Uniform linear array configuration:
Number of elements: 8
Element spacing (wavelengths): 0.5
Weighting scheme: binomial
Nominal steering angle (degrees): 30
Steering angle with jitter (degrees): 28.822
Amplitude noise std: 0.05
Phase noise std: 0.05

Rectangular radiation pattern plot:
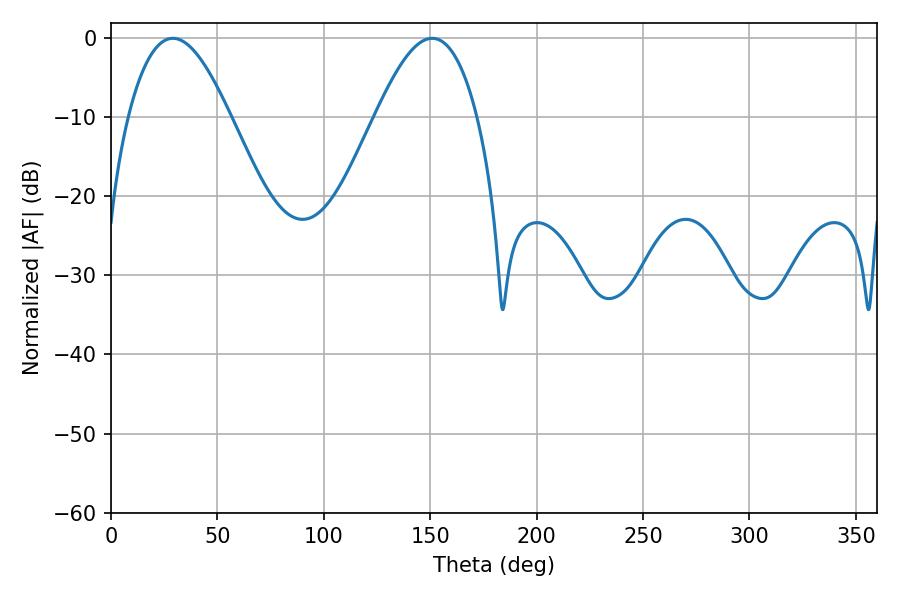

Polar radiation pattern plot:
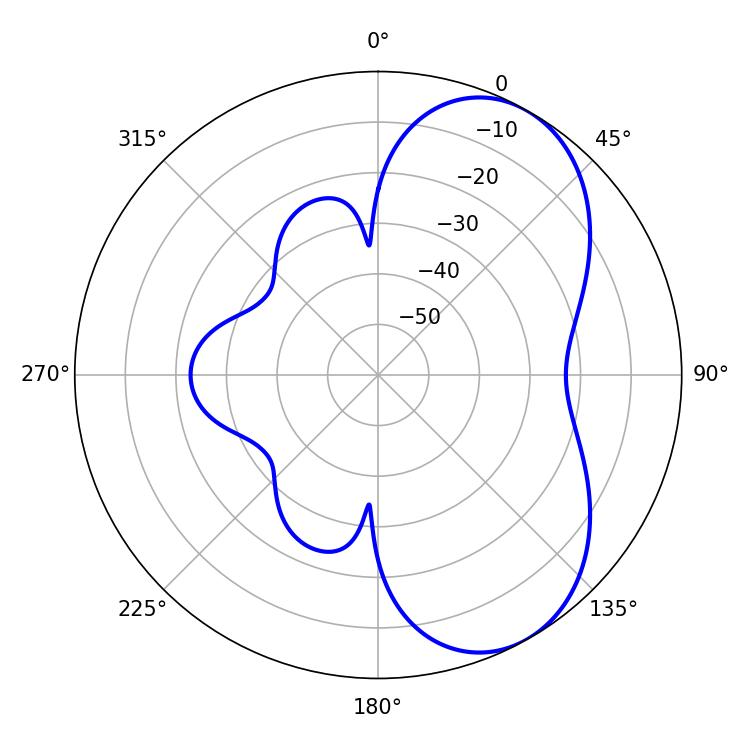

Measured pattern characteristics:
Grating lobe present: FALSE
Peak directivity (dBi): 6.022
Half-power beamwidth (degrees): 26.1
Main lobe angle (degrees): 28.98